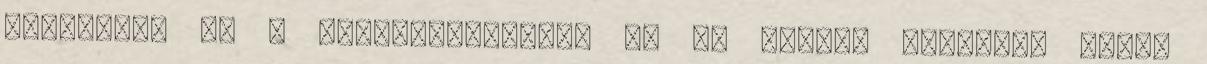
szolgálja ki a felhasználókat. Az ok eléggé egyszerű volt: